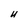
Character: U